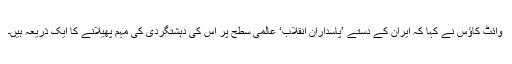
وائٹ کاؤس نے کہا کہ ایران کے دستے ’پاسداران انقلاب‘ عالمی سطح پر اس کی دہشتگردی کی مہم پھیلانے کا ایک ذریعہ ہیں۔